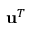
\mathbf { u } ^ { T }